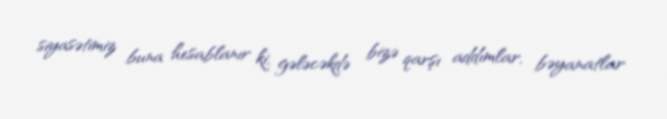
siyasətimiz buna hesablanır ki, gələcəkdə bizə qarşı addımlar, bəyanatlar